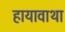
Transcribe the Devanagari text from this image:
हायावाथा